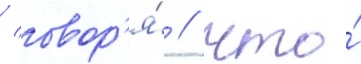
/ говор'я́ / что́